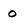
Character: O